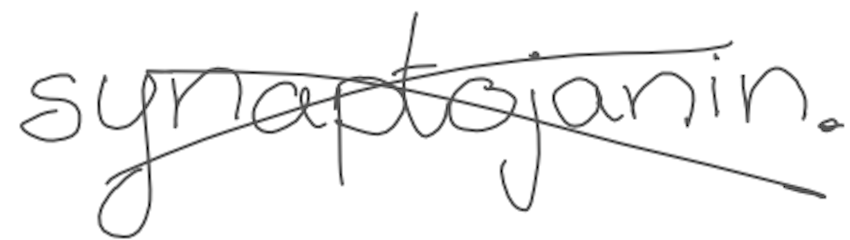
Text: synaptojanin.
Cross-out: cross
Writing tool: digital_gray